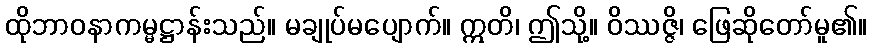
ထိုဘာဝနာကမ္မဋ္ဌာန်းသည်။ မချုပ်မပျောက်။ ဣတိ၊ ဤသို့။ ဝိဿဇ္ဇိ၊ ဖြေဆိုတော်မူ၏။